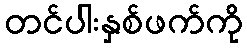
တင်ပါးနှစ်ဖက်ကို